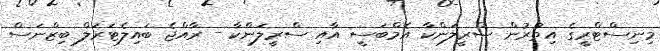
މިނިސްޓްރީގެ އިތުރުން ސްރީލަންކާ އެމްބަސީ އާއި ސްރީލަންކާ - ރާއްޖެ ބައިލެޓަރަލް ބިޒްނަސް